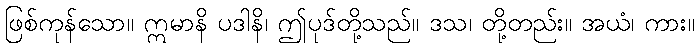
ဖြစ်ကုန်သော။ ဣမာနိ ပဒါနိ၊ ဤပုဒ်တို့သည်။ ဒသ၊ တို့တည်း။ အယံ၊ ကား။